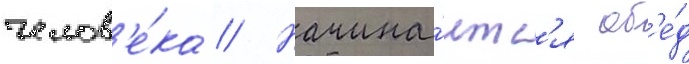
челов'е́ка // Начина́етс'я об'е́д